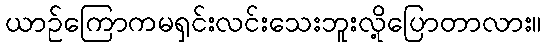
ယာဉ်ကြောကမရှင်းလင်းသေးဘူးလို့ပြောတာလား။